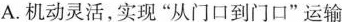
A.机动灵活，实现”从门口到门口”运输